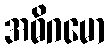
အဓိဂမော